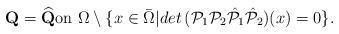
LaTeX: \begin{align*} \mbox{\bf Q}=\widehat { \mbox{\bf Q}}\mbox{on}\,\, \Omega\setminus \{x\in \bar\Omega\vert det\, (\mathcal P_1\mathcal P_2 \hat {\mathcal P}_1 \hat {\mathcal P}_2)(x) =0\}. \end{align*}